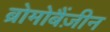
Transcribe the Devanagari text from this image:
ब्रोमोबैंज़ीन